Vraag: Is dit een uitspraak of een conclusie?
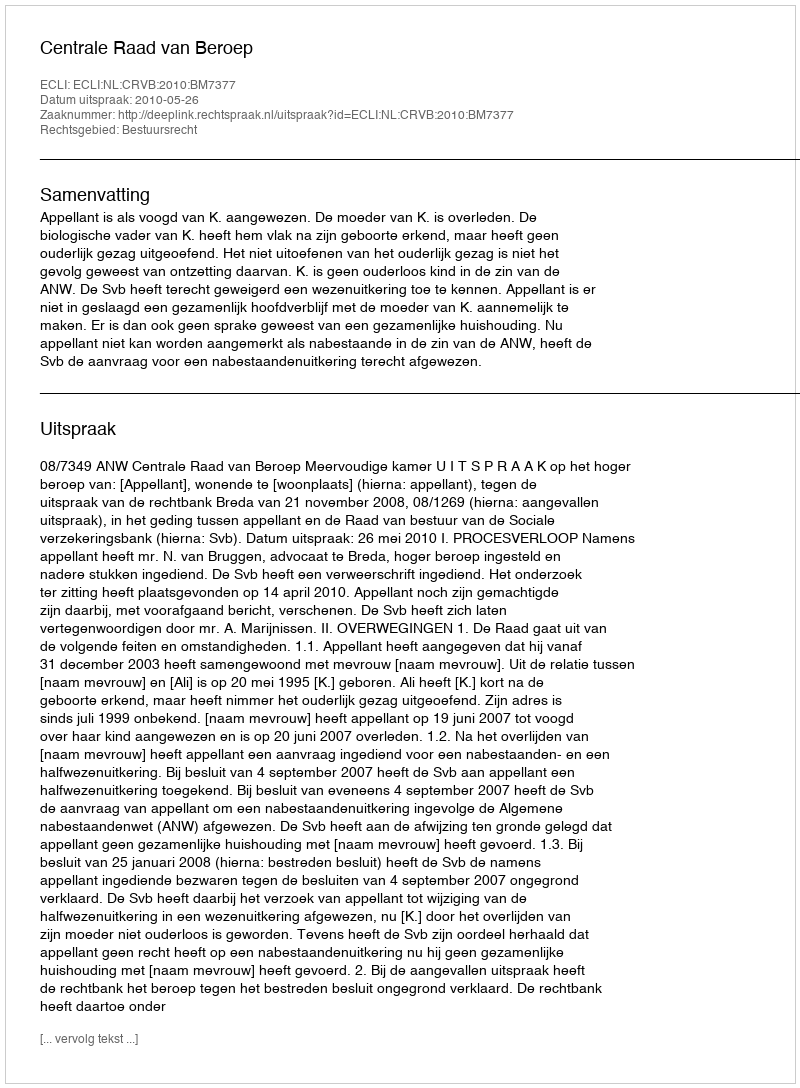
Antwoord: Uitspraak